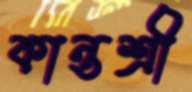
কান্তশ্রী